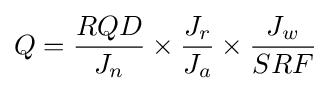
Q={\frac {RQD}{J_{n}}}\times {\frac {J_{r}}{J_{a}}}\times {\frac {J_{w}}{SRF}}